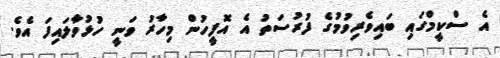
އެ ސްކީމްގައި ބައިވެރިވުމުގެ ފުރުސަތު އެ އޮފީހުން މިހާރު ވަނީ ހުޅުވާލައިފަ އެވެ.